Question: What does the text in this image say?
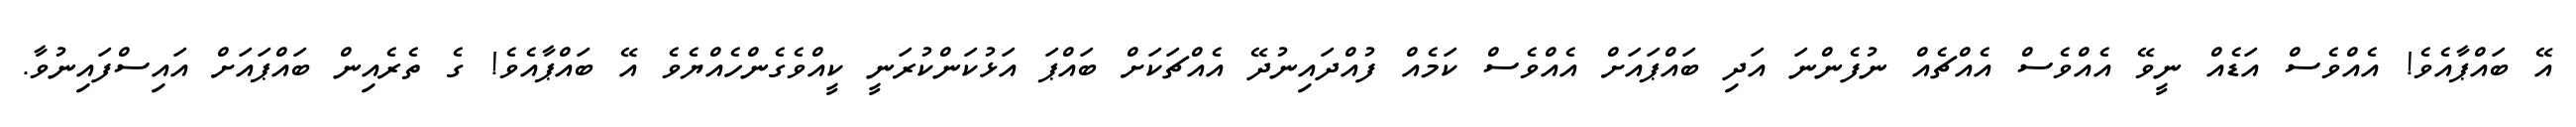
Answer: އޭ ބައްޕާއެވެ! އެއްވެސް އަޑެއް ނީވޭ އެއްވެސް އެއްޗެއް ނުފެންނަ އަދި ބައްޕައަށް އެއްވެސް ކަމެއް ފުއްދައިނުދޭ އެއްޗަކަށް ބައްޕަ އަޅުކަންކުރަނީ ކީއްވެގެންހެއްޔެވެ އޭ ބައްޕާއެވެ! ގެ ތެރެއިން ބައްޕައަށް އައިސްފައިނުވާ.